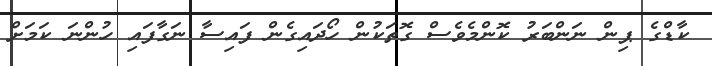
ކާޑްގެ ޕިން ނަންބަރު ކޮންމެވެސް ގޮތަކުން ހޯދައިގެން ފައިސާ ނަގާފައި ހުންނަ ކަމަށް